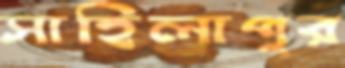
সাহিলাপুর